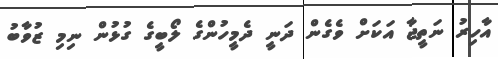
އާހިރު ނަތީޖާ އަކަށް ވެގެން ދަނީ ދެމީހުންގެ ލޯބީގެ ގުޅުން ނިމި ޒުވާބު